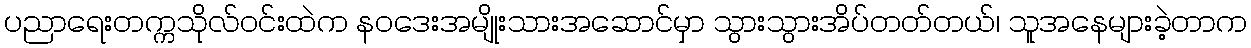
ပညာရေးတက္ကသိုလ်ဝင်းထဲက နဝဒေးအမျိုးသားအဆောင်မှာ သွားသွားအိပ်တတ်တယ်၊ သူအနေများခဲ့တာက